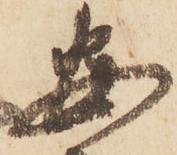
安